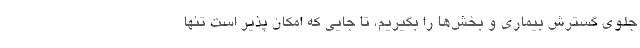
جلوی گسترش بیماری و بخش‌ها را بگیریم، تا جایی که امکان پذیر است تنها